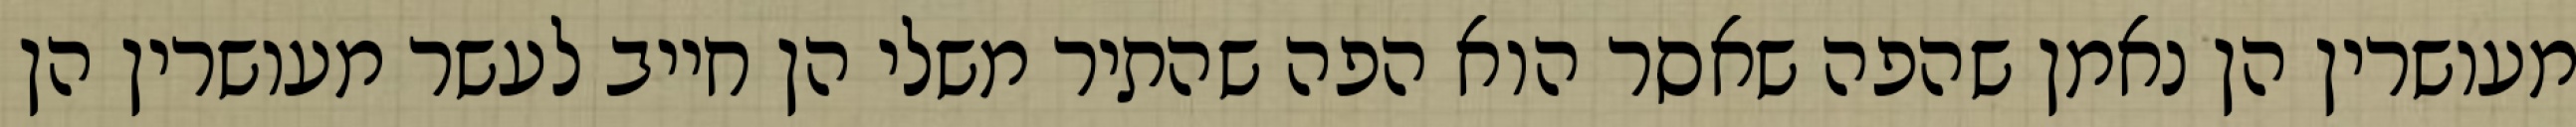
מעושרין הן נאמן שהפה שאסר הוא הפה שהתיר משלי הן חייב לעשר מעושרין הן